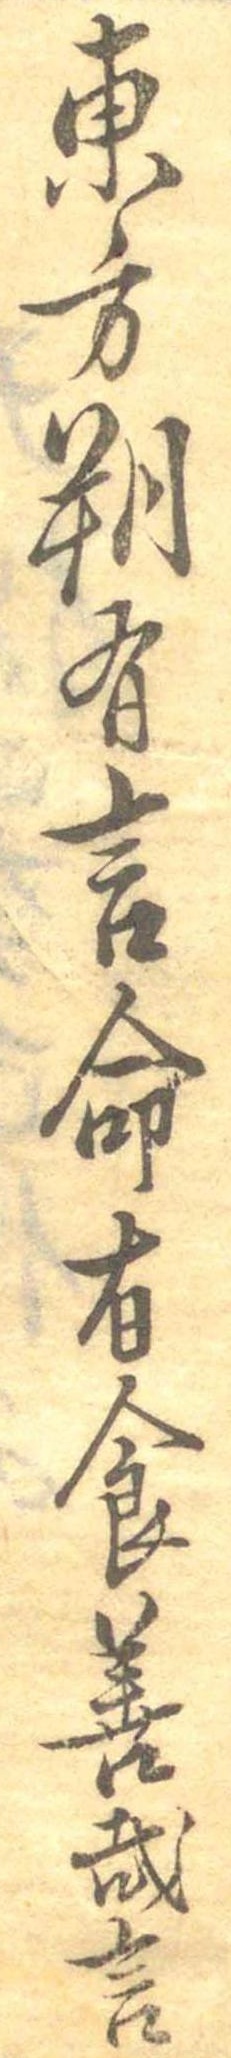
東方朔有言命有食善哉言